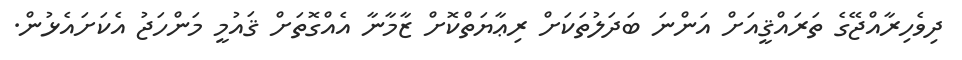
ދިވެހިރާއްޖޭގެ ތަރައްޤީއަށް އަންނަ ބަދަލުތަކަށް ރިޢާޔަތްކޮށް ޒާމާނާ އެއްގޮތަށް ޤައުމީ މަންހަޖު އެކަށައެޅުން.